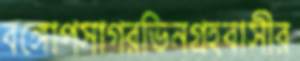
বঙ্গোপসাগরভিনগ্রহবাসীর